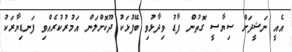
އެއީ ނަޝީދަށް ސިޔާސީ ގޮތުން ފާޑު ވިދާޅުވި ބޭފުޅަކު ދޫކޮށްލަން އަމުރުކުރެއްވި ފަނޑިޔާރަކު